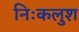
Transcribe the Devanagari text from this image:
निःकलुश